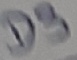
Text: D3